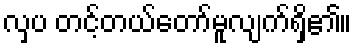
လှပ တင့်တယ်တော်မူလျက်ရှိ၏။